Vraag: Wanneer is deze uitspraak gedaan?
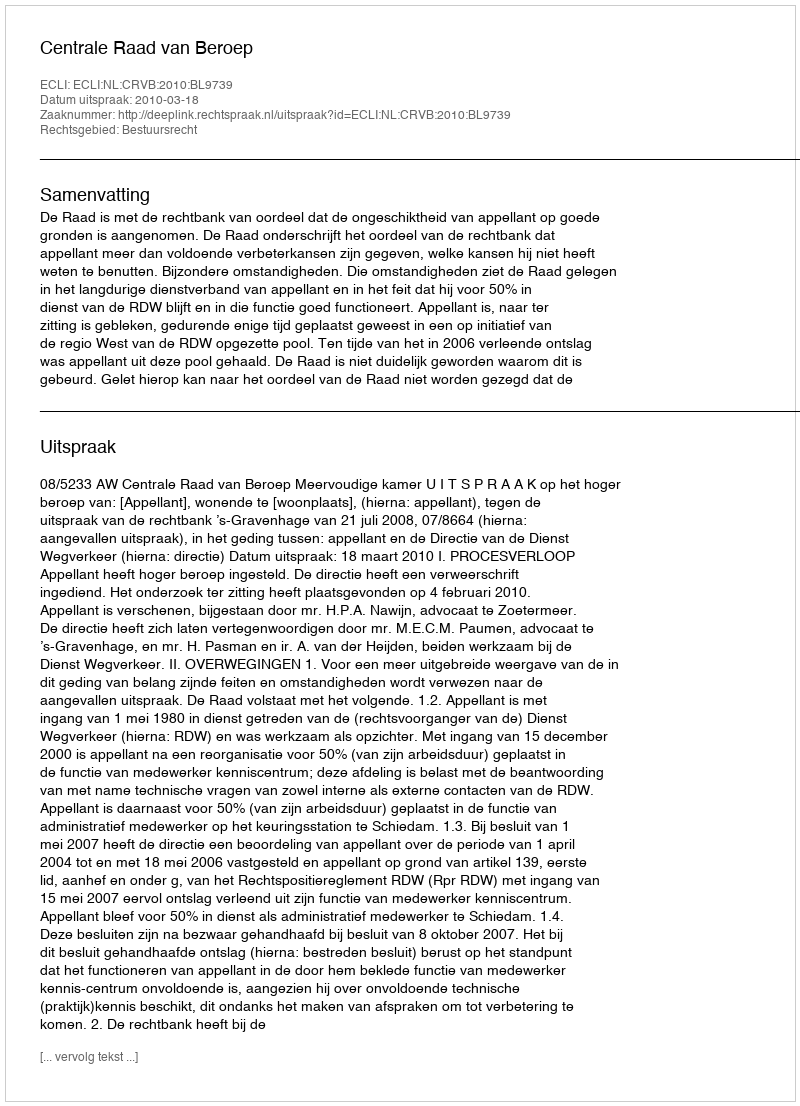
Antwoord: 2010-03-18